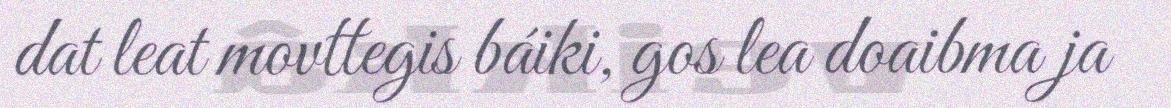
dat leat movttegis báiki, gos lea doaibma ja